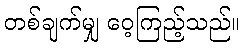
တစ်ချက်မျှ ဝေ့ကြည့်သည်။